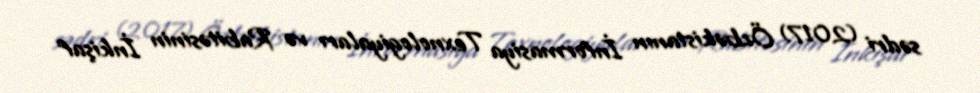
sədri (2017) Özbəkistanın İnformasiya Texnologiyaları və Rabitəsinin İnkişaf